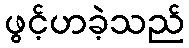
ဖွင့်ဟခဲ့သည်